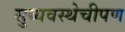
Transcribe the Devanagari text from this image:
सुव्यवस्थेचीपण